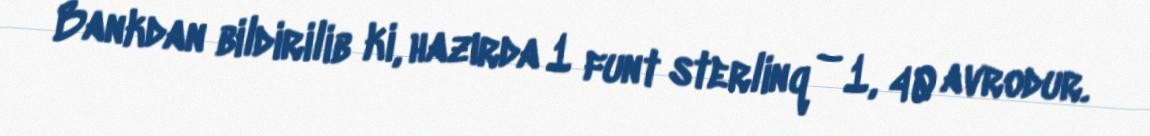
Bankdan bildirilib ki, hazırda 1 funt sterlinq – 1, 40 avrodur.